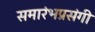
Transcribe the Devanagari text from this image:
समारंभप्रसंगी